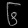
Digit: ၆